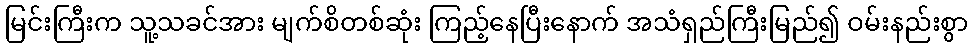
မြင်းကြီးက သူ့သခင်အား မျက်စိတစ်ဆုံး ကြည့်နေပြီးနောက် အသံရှည်ကြီးမြည်၍ ဝမ်းနည်းစွာ